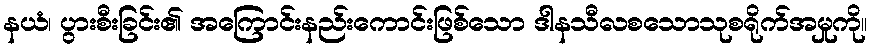
နယံ၊ ပွားစီးခြင်း၏ အကြောင်းနည်းကောင်းဖြစ်သော ဒါနသီလစသောသုစရိုက်အမှုကို။